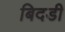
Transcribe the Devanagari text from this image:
बिदडी